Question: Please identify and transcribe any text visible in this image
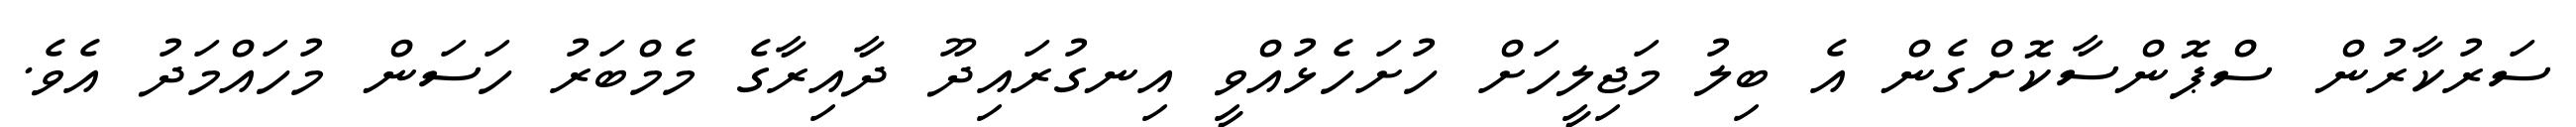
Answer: ސަރުކާރުން ސްޕޮންސާކޮށްގެން އެ ބިލު މަޖިލީހަށް ހުށަހެޅުއްވީ އިނގުރައިދޫ ދާއިރާގެ މެމްބަރު ހަސަން މުހައްމަދު އެވެ.